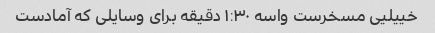
خییلیی مسخرست واسه ۱:۳۰ دقیقه برای وسایلی که آمادست